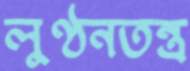
লুণ্ঠনতন্ত্র